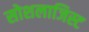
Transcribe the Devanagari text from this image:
सोशलाजिस्ट